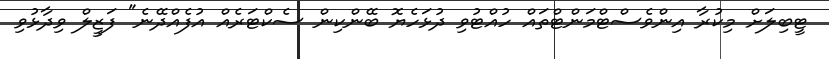
ޓީބިލަށް މިކުރާ އިންވެސްޓްމަންޓްތައް ހުއްޓުވި ދުޅަހެޔޮ ބޭންކިން ސެކްޓަރެއް އުފެއްދޭނެ" ފަޒީލް ވިދާޅުވި